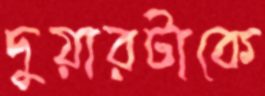
দুয়ারটাকে